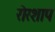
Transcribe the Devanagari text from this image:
रोरशाप